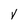
Character: V